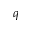
q